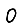
Digit: 0